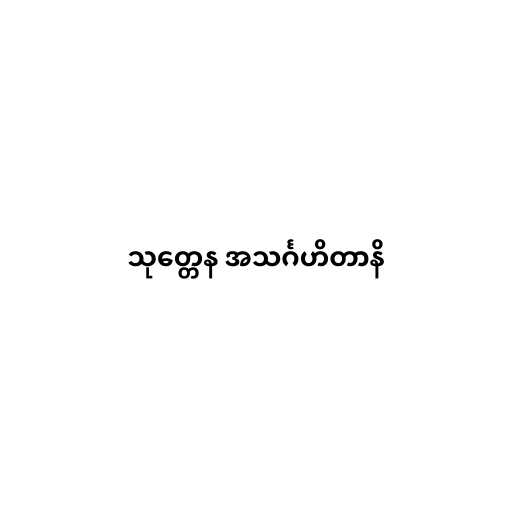
သုတ္တေန အသင်္ဂဟိတာနိ